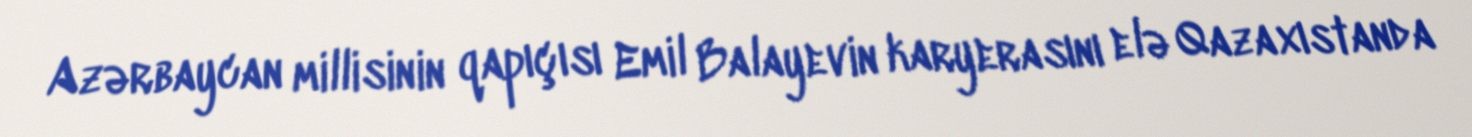
Azərbaycan millisinin qapıçısı Emil Balayevin karyerasını elə Qazaxıstanda